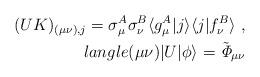
LaTeX: \begin{align*}(UK)_{(\mu\nu),j} = \sigma_\mu^A \sigma_\nu^B \langle g_\mu^A \vert j \rangle \langle j \vert f_\nu^B \rangle \ , \\langle (\mu\nu) \vert U \vert \phi \rangle = \tilde{\it \Phi}_{\mu\nu} \end{align*}